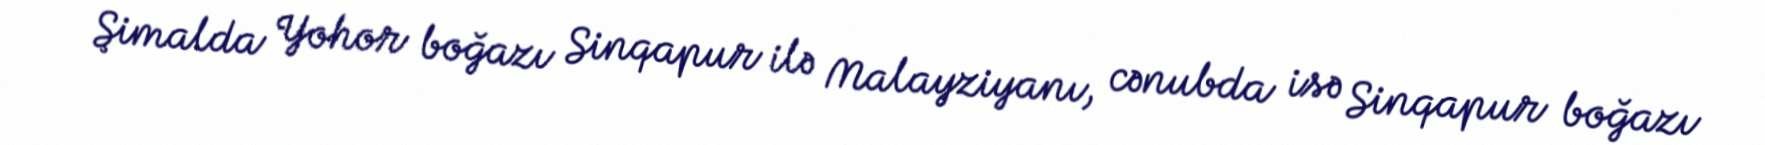
Şimalda Yohor boğazı Sinqapur ilə Malayziyanı, cənubda isə Sinqapur boğazı